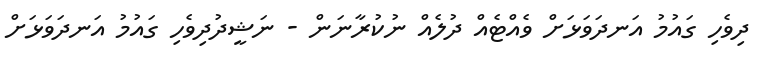
ދިވެހި ގައުމު އަނދަވަޅަށް ވެއްޓެއް ދުލެއް ނުކުރާނަން - ނަޝީދުދިވެހި ގައުމު އަނދަވަޅަށް